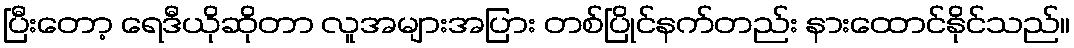
ပြီးတော့ ရေဒီယိုဆိုတာ လူအများအပြား တစ်ပြိုင်နက်တည်း နားထောင်နိုင်သည်။